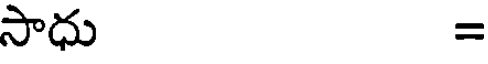
సాధు =